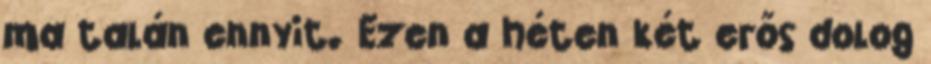
ma talán ennyit. Ezen a héten két erős dolog